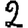
Digit: 2